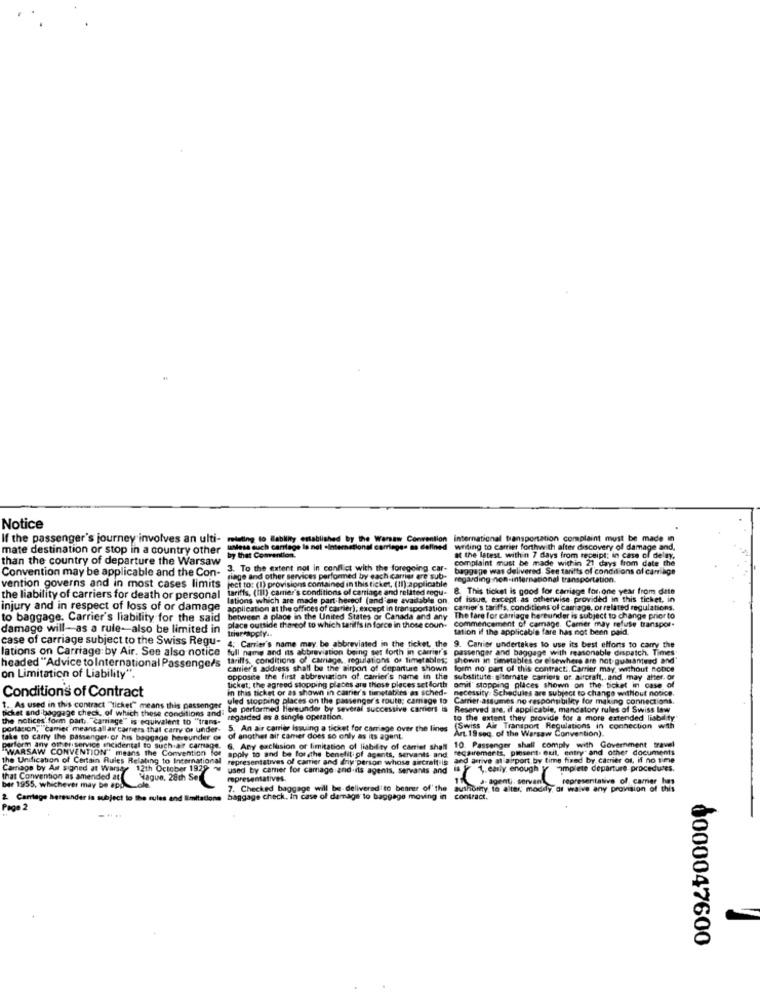
Notice
If the passenger's journey involves an ulti-
international transportation complaint must be made in
mate destination or stop in a country other
undesa auch carriage la not -International carriage. as defined
writing to carrier forthwith after discovery of damage and,
than the country of departure the Warsaw
by that Convention.
complaint must be made within 21 days from date the
at the latest within 7 days from receipt; in case of delay,
Convention may be applicable and the Con-
3. To the extent not in conflict with the foregoing car-
baggage was delivered. See tariffs of conditions of carriage
siage and other services performed by each carrier are sub-
regarding non-international transportation.
vention governs and in most cases limits jeci to: (I) provisions comained in this ticket, (II) applicabile
vention governs and in most cases limits
& This ticket is good for carriage for.one year from date
the liability of carriers for death or personal
lations which are made part heceof (and'me available on, of issue, except as otherwise provided in this ticket, in
injury and in respect of loss of or damage
application at the offices of carrier), except in transportation
carrier's tariffs, conditions of camage, or related regulations.
to baggage. Carrier's liability for the said between a place in the United States of Canada and any The fare for carriage hereunder is subject to change priorto
to baggage. Carrier's liability for the said
commencement of camage. Carrier may refuse transpor-
damage will-as a rule-also be limited in
place outside thereof to which tatil's in force in those coun-
tation if the applicable fare has not been paid.
case of carriage subject to the Swiss Regu-
trier*apply ..
4; Carrier's name may be abbreviated in the ticket, the
lations on Carriage by Air. See also notice
full name and its abbreviation being set forth in carrier's
passenger and baggage with reasonable dispatch. Times
9. Carrier undertakes to use its best efforts to carry the
tarills, conditions of carriage, regulations or timetables; shown in timetables or elsewhere are not guaranteed and
headed "Advice to International Passengers
carrier's address shall be the airport of departure shown
form no part of this contract .. Carrier may, without nonce
on Limitation of Liability".
opposite the first abbreviation of. carrier's name in the substitute alternate carriers of aircraft ,, and may atter. or
Conditions of Contract
ticket; the agreed stopping plates are those places set forth
in this ticket or as shown in carrier's timetables as sched- necessity. Schedules are subject to change without notice.
omil" stopping places shown on the ticket in case of
uled stopping places on the passenger's route; camage to
Carrier assumes no responsibility for making connections.
t. As used in this contract "ticket" means this passenger
ticket and baggage check, of which these conditions and
be performed Hereunder by several successive carriers is
Reserved are, if applicable, mandatory rules of Swiss law
the notices'form part ,, "carage" is equivalent to "trans-
regarded as a single operation.
to the extent they provide for a more extended liability
portacion,"camier means all ar carnets that carry or under- 5. An air carrier Issuing a ticket for carriage over the lines
(Swiss Air Transport Regulations in connection with
Art. 19 seq. of the Warsaw Convention).
take to carry the passenger or his baggage hereunder on
of another air camer does so only as its agent.
10. Passenger shall comply with Government travel
perform any other,service incidental to Such.air carnage.
perform any otherservice encidental to such.air carnage. 6. Any exclusion of limitation of liability of carriet shall
WARSAW CONVENTION" means the Convention for
recsiremarts, pinsent. euil, entry" and other documents
the Unification of Certain Rules Relating to International
apply to and be forthe benefit of agents, servants- and
representatives of camier and dry person whose aircraft is
and arrive at apport by time fixed by carrier or, if no time
Camago by Air signed at Warsas 12th October 1929 ~
used by camer for camage and.its agents, servants and
is Y 1. early enough y complete departure procedures.
that Convention as amended atHague. 28th Set
representatives.
J- agenti. servant
representative of carrier has
bar 1955, whichever may be app
7. Checked baggage will be delivered to bearer of' the
authority, to alter; moddy, or waive any provision of this
2 Carriage bereunder is subject to the rule
clona
baggage check. In case of damage to baggage moving in contract.
Page 2
8000047600